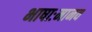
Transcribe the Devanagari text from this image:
भाषाःमानव